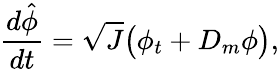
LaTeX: \frac{d\hat{\phi}}{dt}=\sqrt{J}\big(\phi_{t}+D_{m}\phi\big),